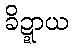
ခိဍ္ဍာယ